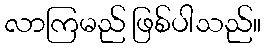
လာကြမည် ဖြစ်ပါသည်။